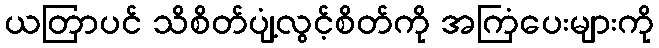
ယတြာပင် သိစိတ်ပျံ့လွင့်စိတ်ကို အကြံပေးများကို